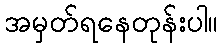
အမှတ်ရနေတုန်းပါ။